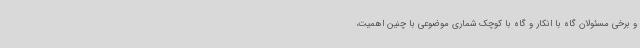
و برخی مسئولان گاه با انکار و گاه با کوچک شماری موضوعی با چنین اهمیت،